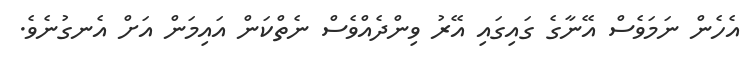
އެހެން ނަމަވެސް އޭނާގެ ގައިގައި އޭރު ވިންދެއްވެސް ނެތްކަން އައިމަން އަށް އެނގުނެވެ.